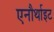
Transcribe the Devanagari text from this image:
एनौर्थाइट